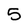
Character: 5